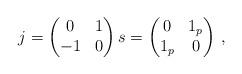
LaTeX: \begin{align*}j=\begin{pmatrix}0 & 1\\-1 & 0\end{pmatrix} s=\begin{pmatrix}0 & 1_p\\1_p & 0\end{pmatrix}\,,\end{align*}